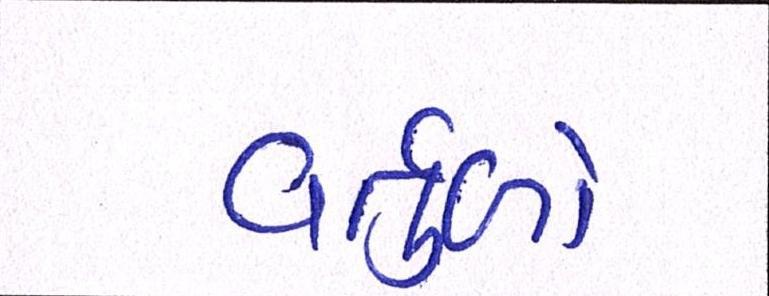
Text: વર્તુળો